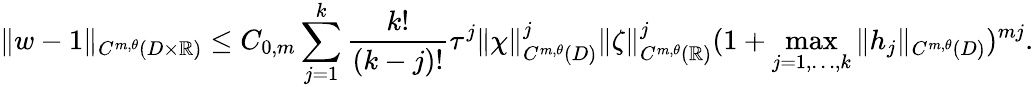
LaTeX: \Vert w-1\Vert_{C^{m,\theta}(D\times\mathbb{R})}\leq C_{0,m}\sum_{j=1}^{k}\frac{k!}{(k-j)!}\tau^{j}\Vert\chi\Vert_{C^{m,\theta}(D)}^{j}\Vert\zeta\Vert_{C^{m,\theta}(\mathbb{R})}^{j}(1+\operatorname*{max}_{j=1,\ldots,k}\Vert h_{j}\Vert_{C^{m,\theta}(D)})^{mj}.